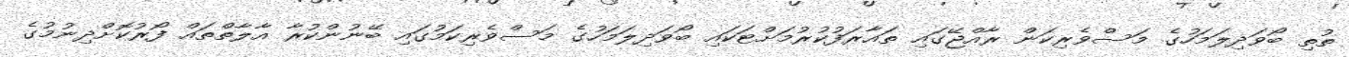
ތުތި ބޯވަދިލަމަހުގެ މަސްވެރިކަން ރާއްޖޭގައި ތައާރަފުކުރުމަށްޓަކައި ބޯވަދިލަމަހުގެ މަސްވެރިކަމުގައި ބޭނުންކުރާ އާލާތްތައް ފޯރުކޮށްދިނުމުގެ